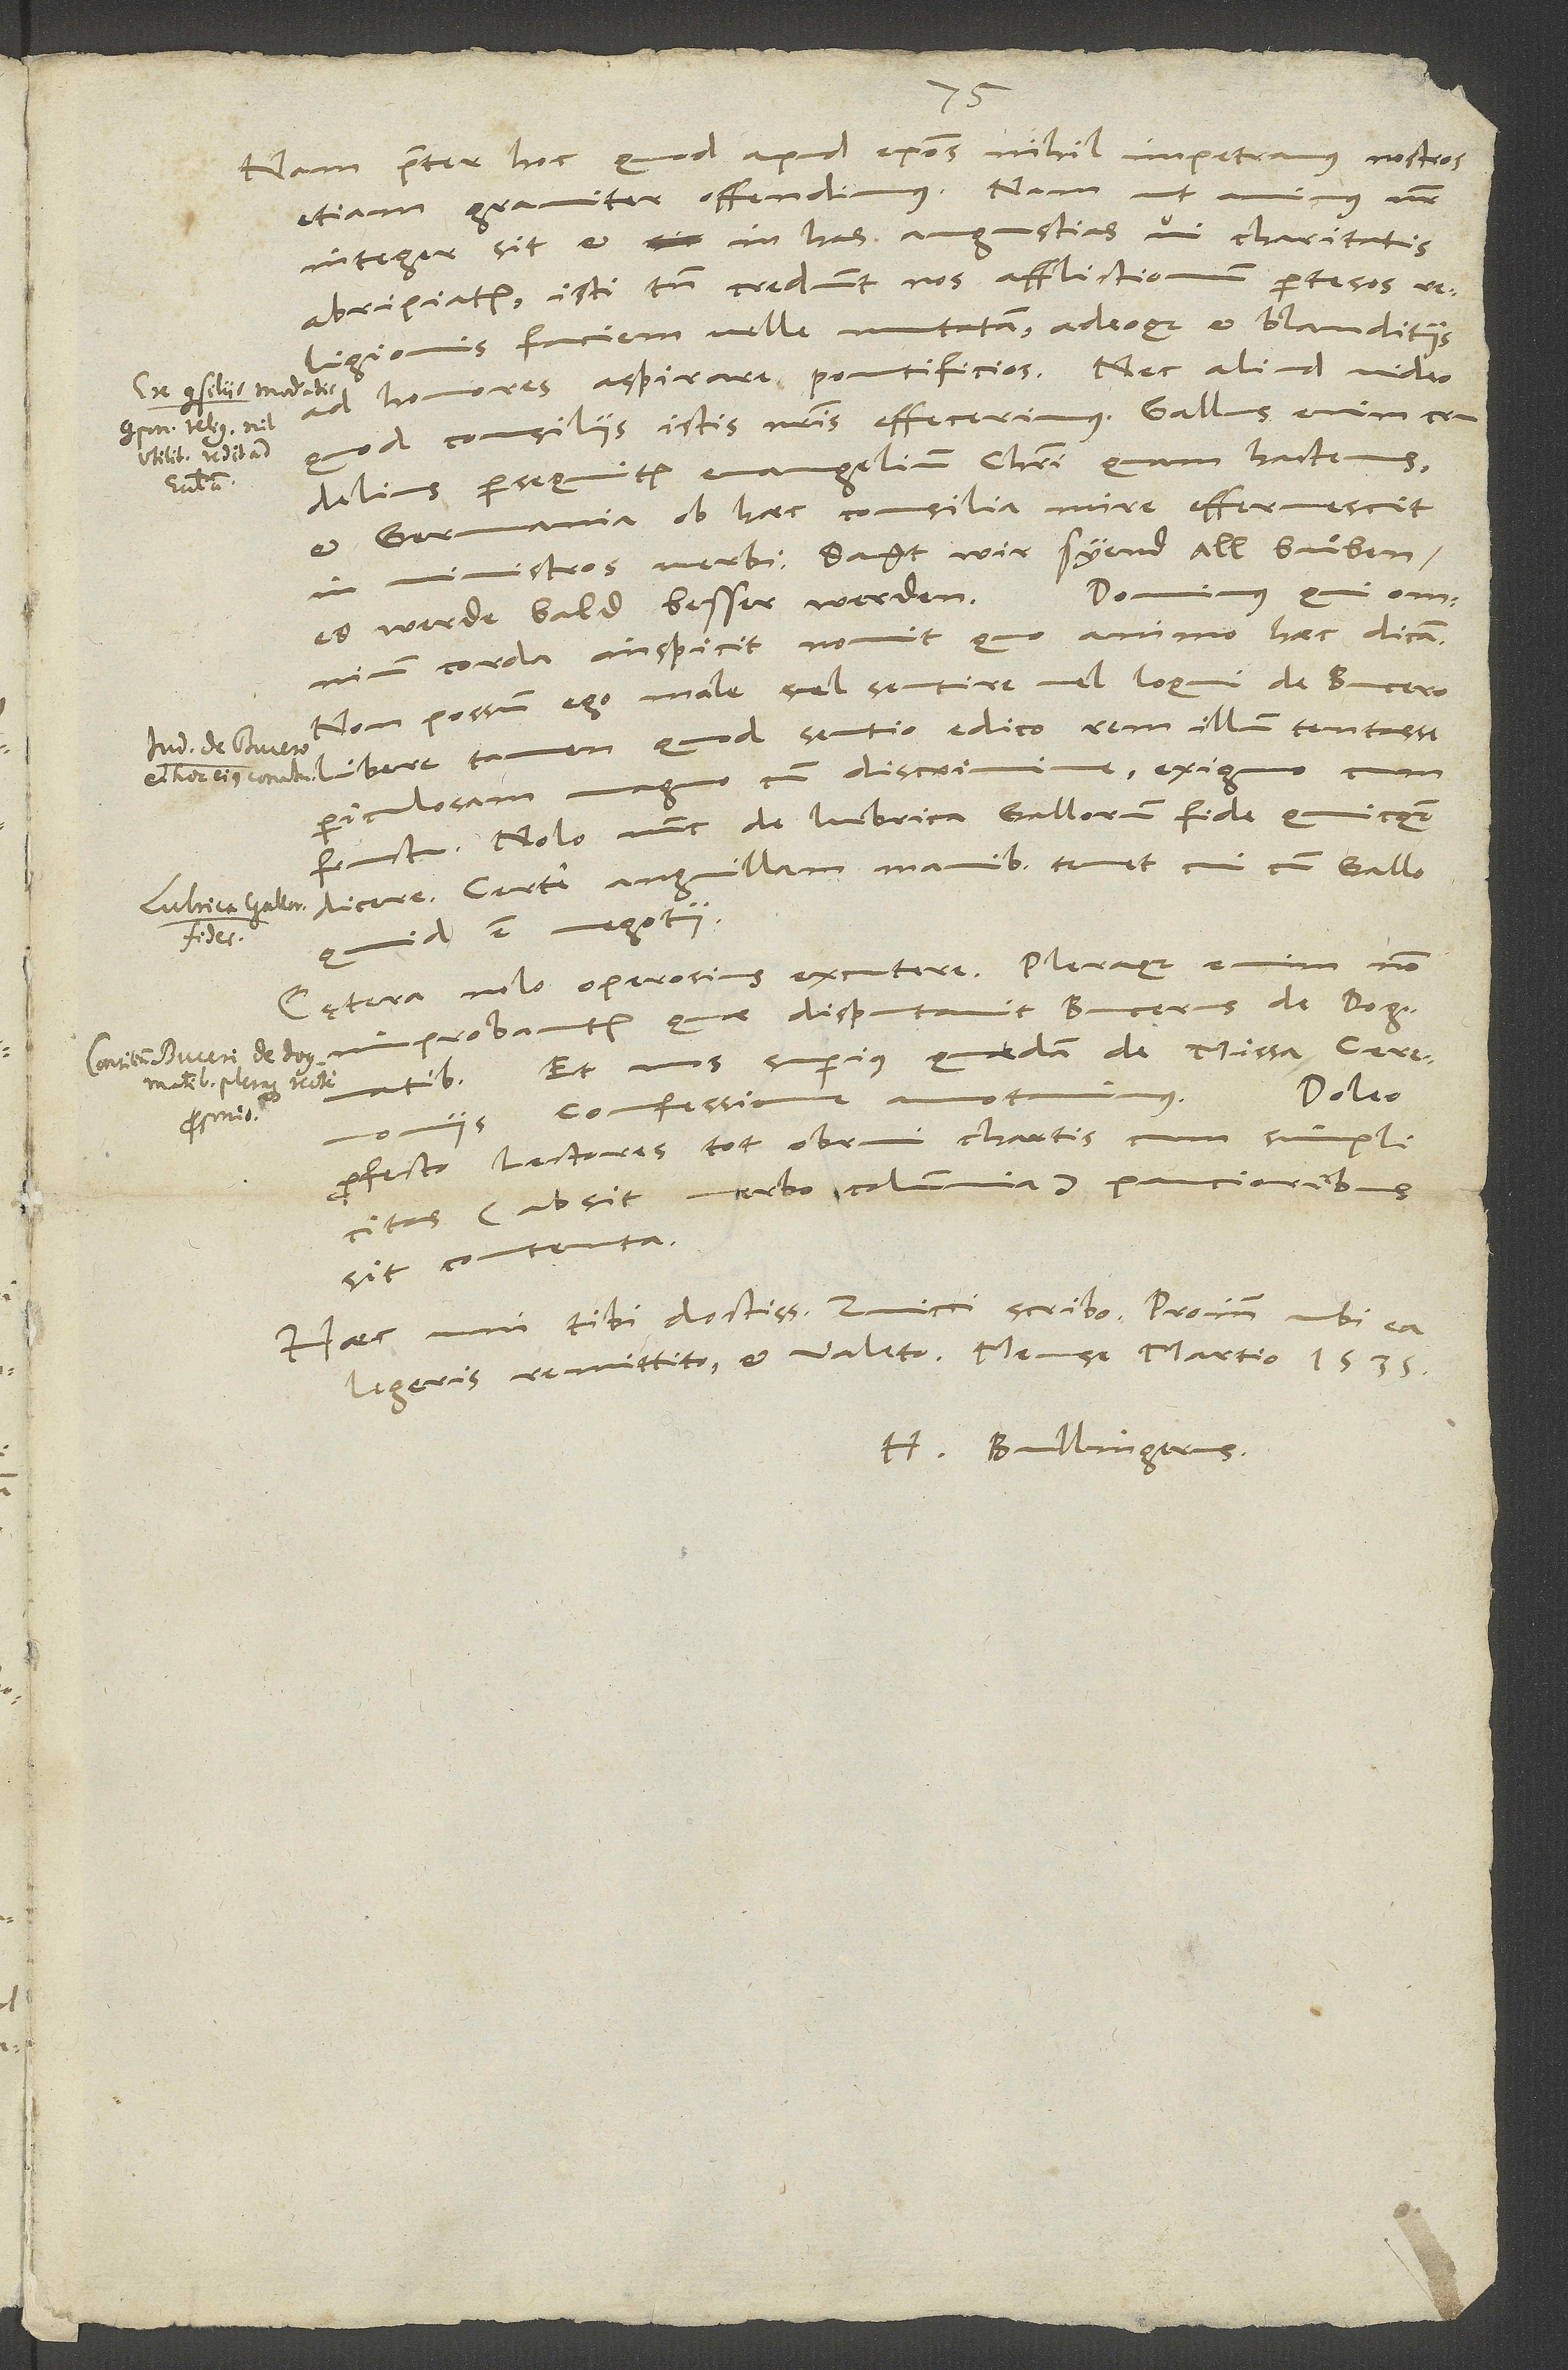
Nam praeter hoc, quod apud episcopos nihil impetramus, nostros
etiam graviter offendimus. Nam ut animus noster
integer sit et in has angustias vi charitatis
abripiatur, isti tamen credunt nos afflictionum pertesos
religionis faciem velle mutatam adeoque et blanditiis
ad honores aspirare pontificios. Nec aliud video,
quod consiliis istis nostris effecerimus. Gallus enim crudelius
persequitur evangelium Christi quam hactenus
et Germania ob haec consilia mire effervescit
in ministros verbi; sagt, wir syend all buͦben,
Dominus, qui omnium
es werde bald besser werden.
corda inspicit, novit, quo animo haec dicam.
Non possum ego male vel sentire vel loqui de Bucero.
Libere tamen, quod sentio, edico: rem illum tentasse
periculosam magno cum discrimine, exiguo cum
fructo. Nolo nunc de lubrica Gallorum fide quicquam
dicere. Certe anguillam manibus tenet, cui cum Gallo
est negotii.
Cętera nolo operosius excutere. Pleraque enim non
improbantur, quae disputavit Bucerus de dogmatibus,
et nos superius quaedam de missa, ceremoniis,
Doleo
profecto lectores tot obrui chartis, cum simplicitas
(absit verbo calumnia) paucioribus
sit contenta.
Haec uni tibi, doctissime Zvicci, scribo. Proinde, ubi ea
H. Bullingerus.